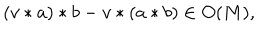
LaTeX: ( v * a ) * b - v * ( a * b ) \in O ( M ) ,